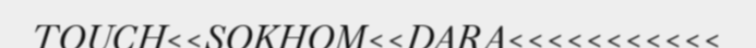
TOUCH<<SOKHOM<<DARA<<<<<<<<<<<